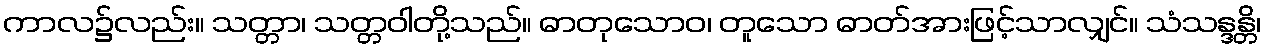
ကာလ၌လည်း။ သတ္တာ၊ သတ္တဝါတို့သည်။ ဓာတုသောဝ၊ တူသော ဓာတ်အားဖြင့်သာလျှင်။ သံသန္ဒန္တိ၊